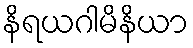
နိရယဂါမိနိယာ